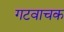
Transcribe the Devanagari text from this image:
गटवाचक